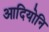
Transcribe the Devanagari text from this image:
आदियोनि